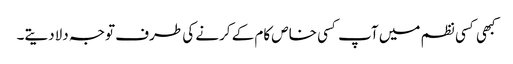
کبھی کسی نظم میں آپ کسی خاص کام کے کرنے کی طرف توجہ دلادیتے۔